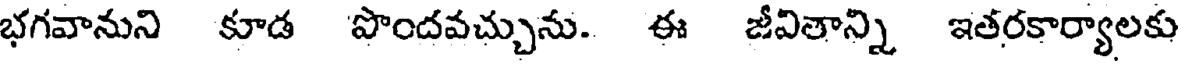
భగవానుని కూడ పొందవచ్చును. ఈ జీవితాన్ని ఇతరకార్యాలకు